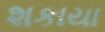
શકાયા